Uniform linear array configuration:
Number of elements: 8
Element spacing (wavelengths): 1
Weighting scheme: exponential
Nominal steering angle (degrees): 30
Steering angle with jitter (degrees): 29.711
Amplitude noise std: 0.05
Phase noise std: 0.05

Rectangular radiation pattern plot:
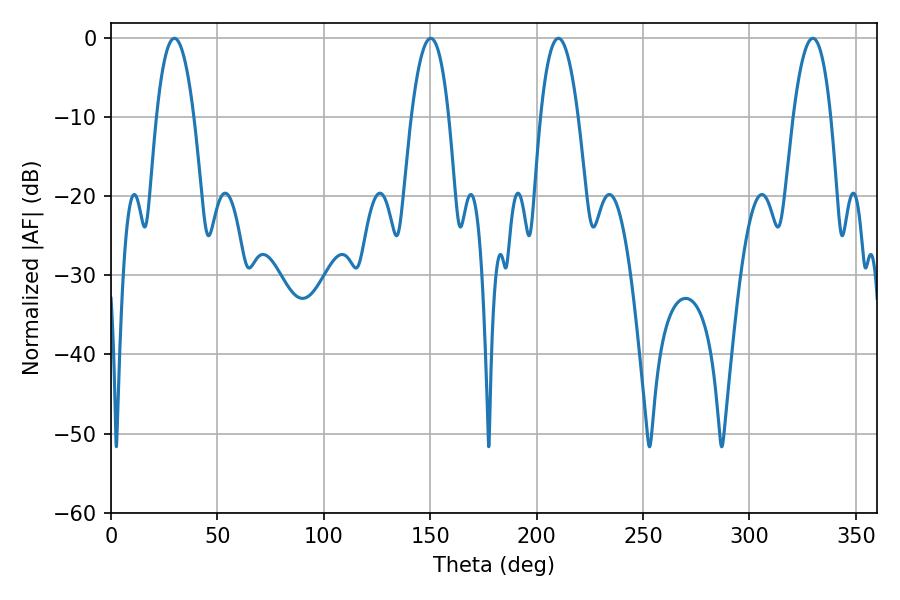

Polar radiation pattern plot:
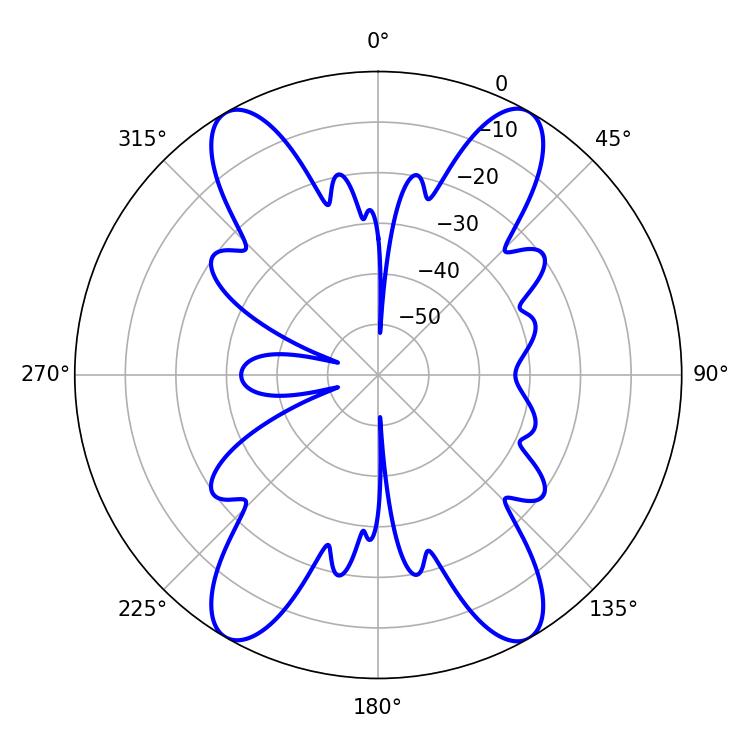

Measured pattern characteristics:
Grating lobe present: TRUE
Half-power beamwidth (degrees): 9.9
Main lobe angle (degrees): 210.24